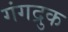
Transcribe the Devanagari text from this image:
गंगद्रुक